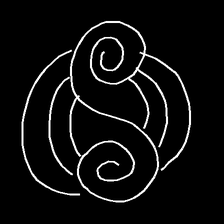
Glyph: wind-underfoot